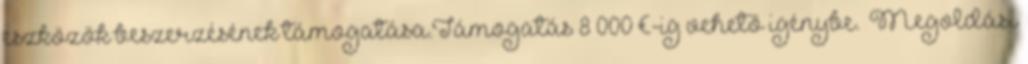
eszközök beszerzésének támogatása.Támogatás 8 000 €-ig vehető igénybe.” Megoldási